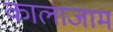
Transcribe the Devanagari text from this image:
कालाजाम